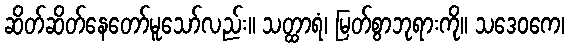
ဆိတ်ဆိတ်နေတော်မူသော်လည်း။ သတ္ထာရံ၊ မြတ်စွာဘုရားကို။ သဒေဝကေ၊